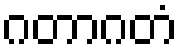
ဂတာဂတံ